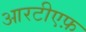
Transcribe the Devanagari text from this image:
आरटीएफ़